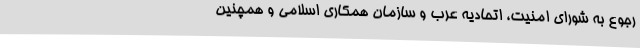
رجوع به شورای امنیت، اتحادیه عرب و سازمان همکاری اسلامی و همچنین